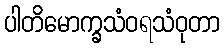
ပါတိမောက္ခသံဝရသံဝုတာ